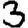
Digit: 3